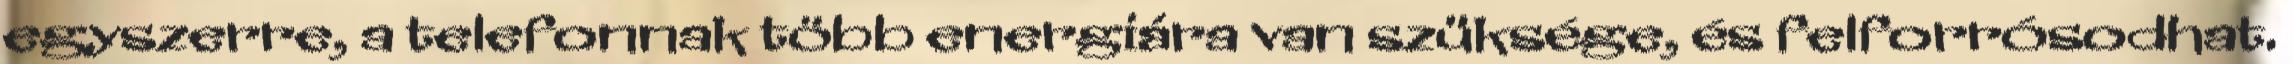
egyszerre, a telefonnak több energiára van szüksége, és felforrósodhat.